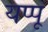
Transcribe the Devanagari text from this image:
यप्पू